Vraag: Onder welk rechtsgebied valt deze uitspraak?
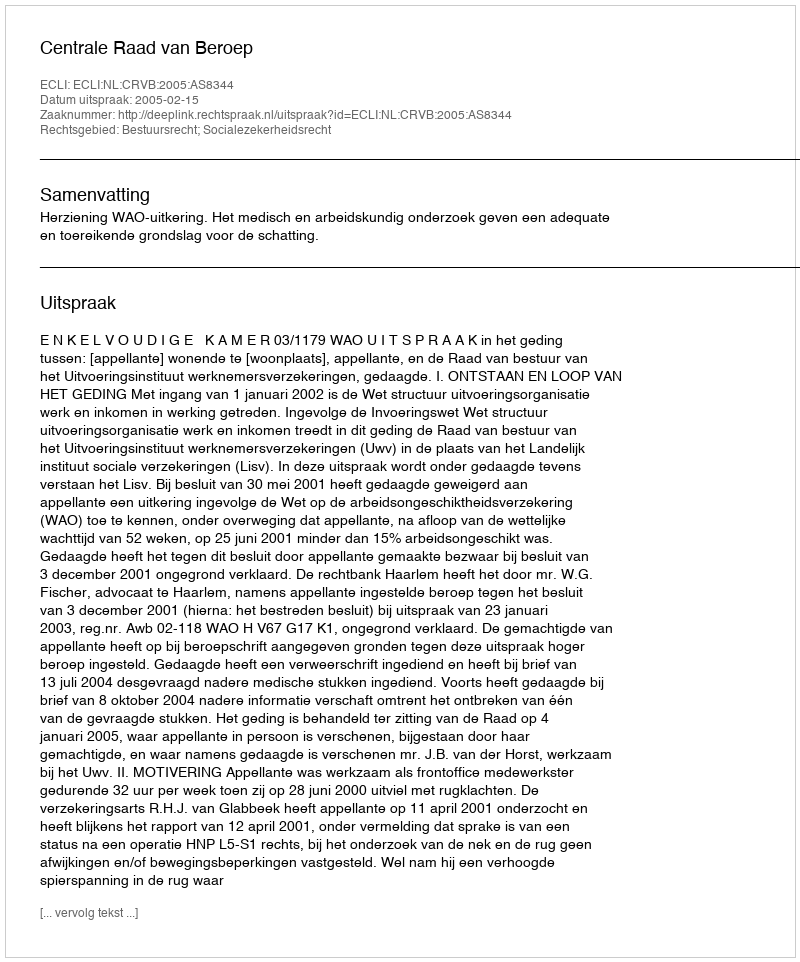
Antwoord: Bestuursrecht; Socialezekerheidsrecht